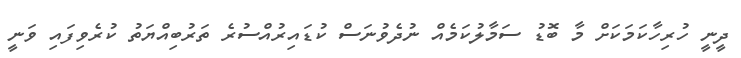
ދީނީ ހުރިހާކަމަކަށް މާ ބޮޑު ސަމާލުކަމެއް ނުދެވުނަސް ކުޑައިރުއްސުރެ ތަރުބިއްޔަތު ކުރެވިފައި ވަނީ